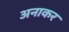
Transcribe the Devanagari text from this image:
अनाकर